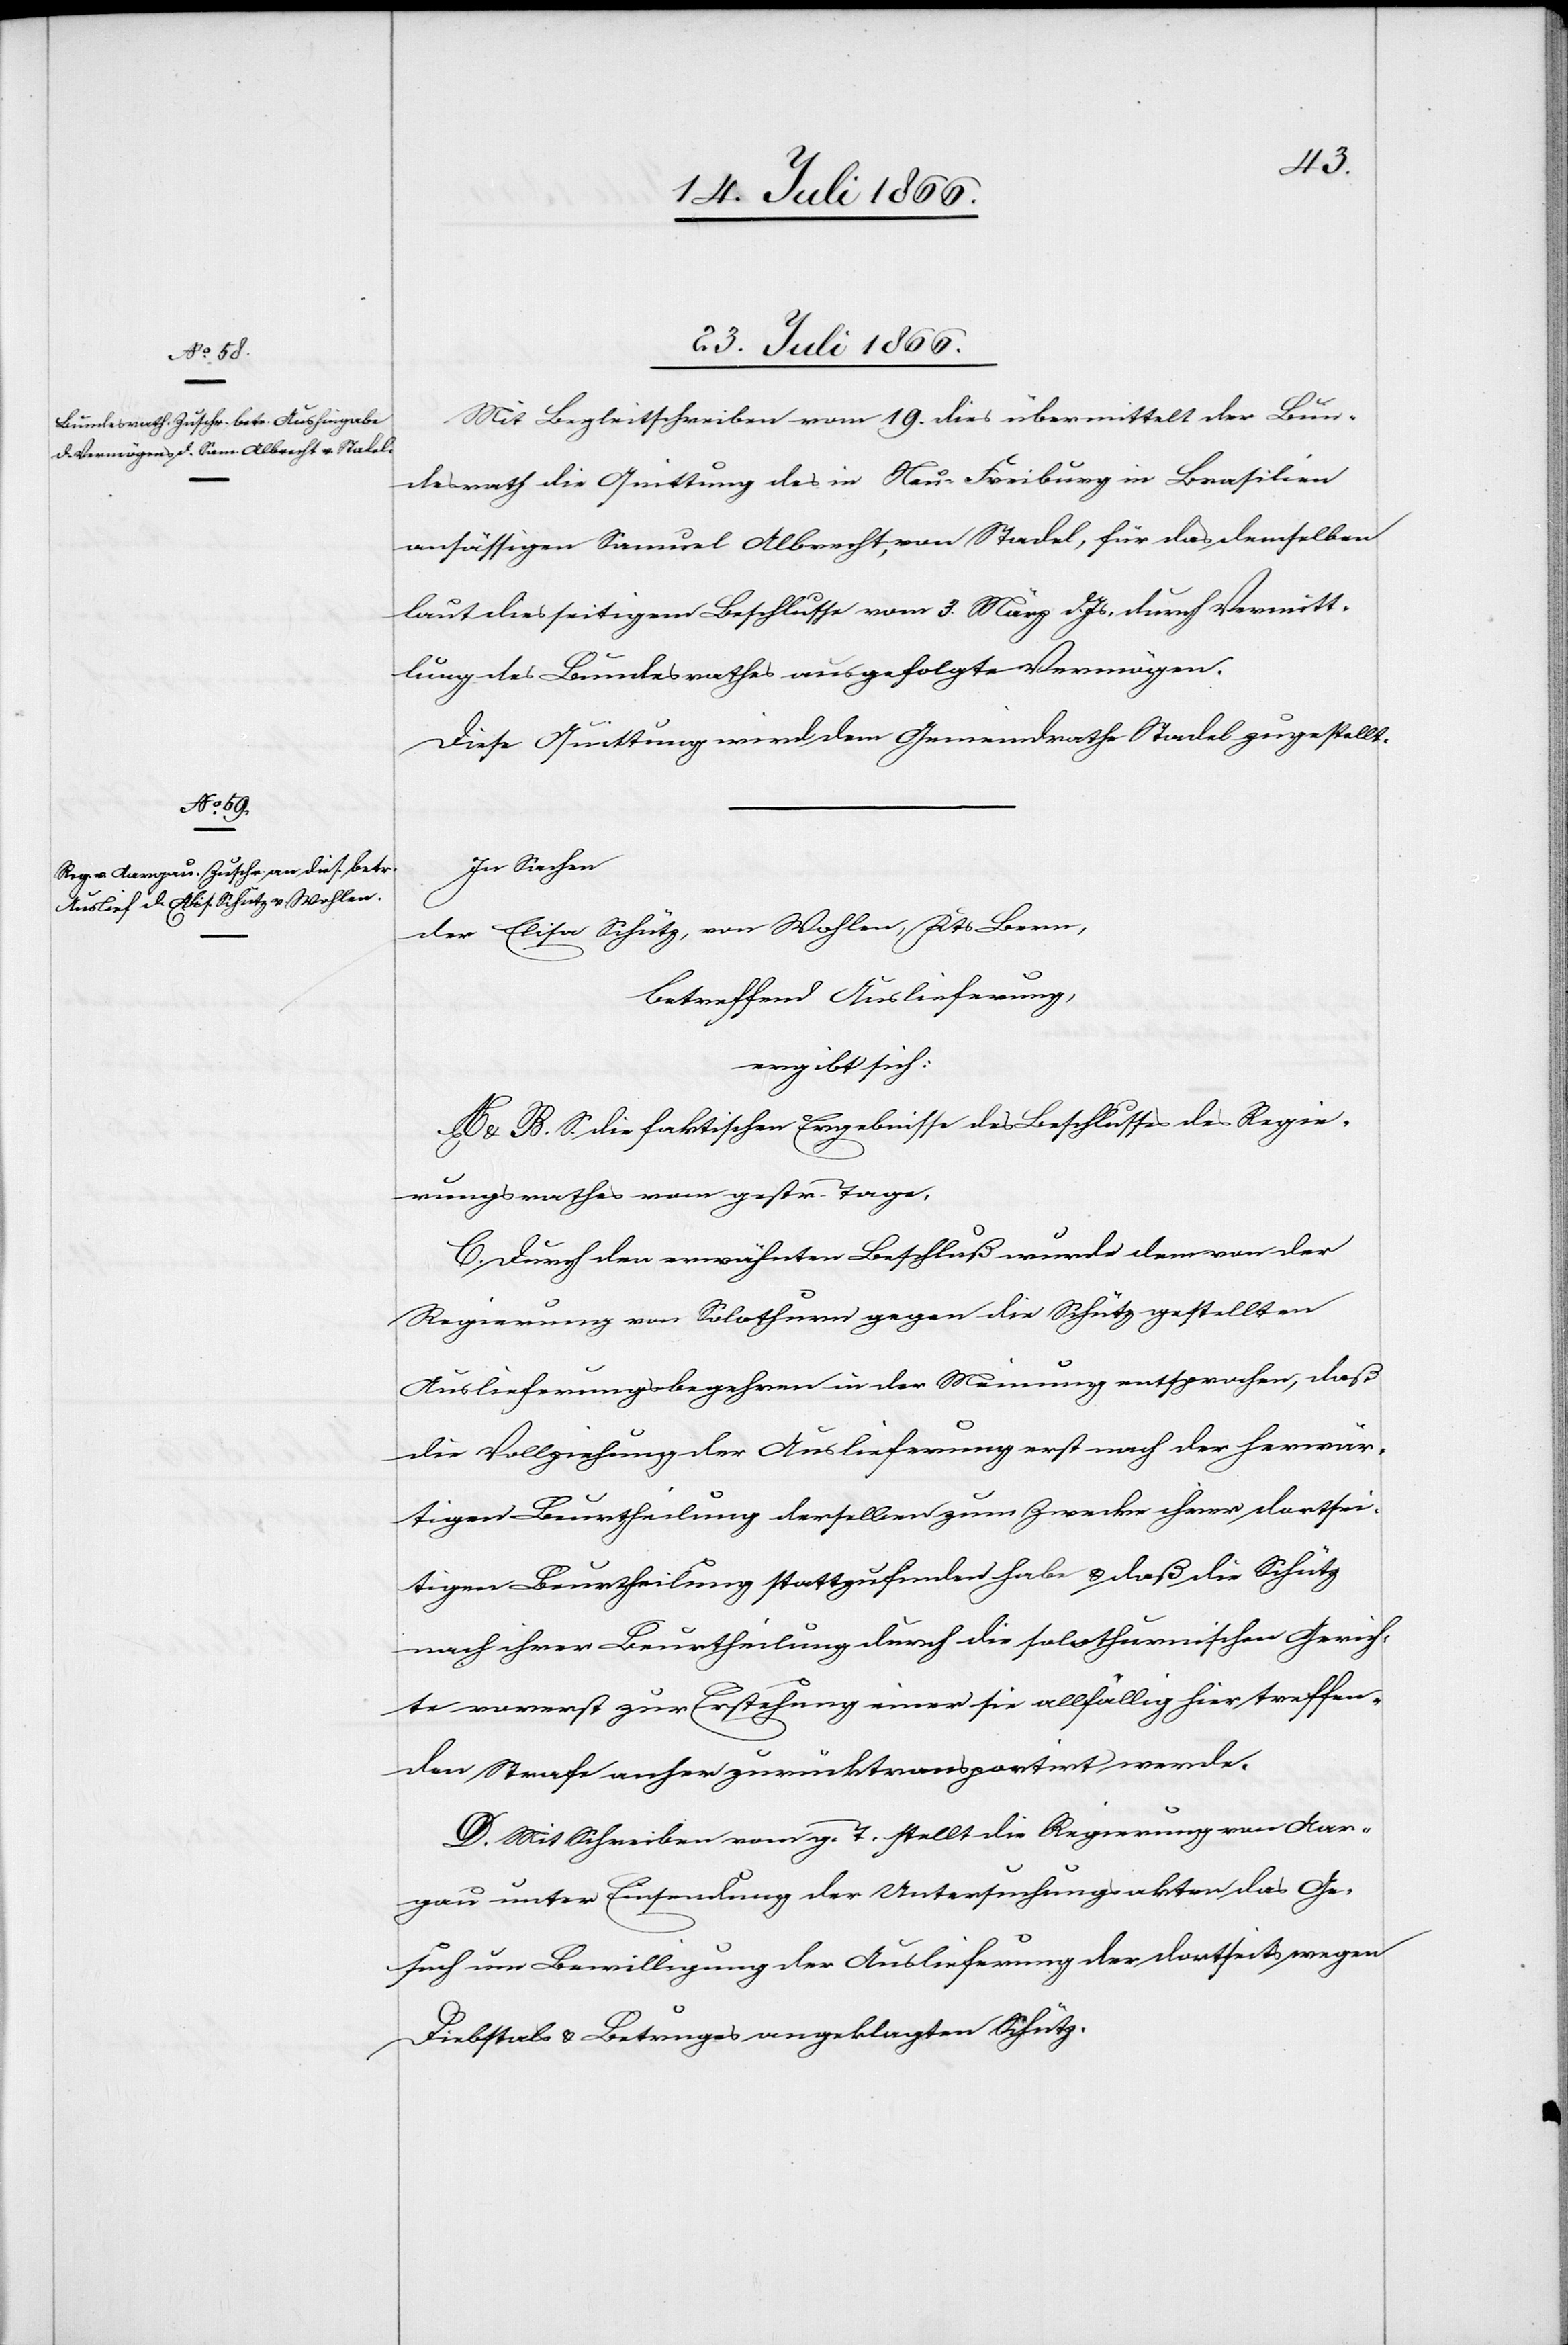
23. Juli 1866.]
Mit Begleitschreiben vom 19. dies übermittelt der Bun¬
desrath die Quittung des in Neu-Freiburg in Brasilien
ansässigen Samuel Albrecht, von Stadel, für das demselben
laut diesseitigen Beschlusse vom 3. März d. Js. durch Vermitt¬
lung des Bundesrathes ausgefolgte Vermögen.
Diese Quittung wird dem Gemeindrathe Stadel zugestellt.
In Sachen
der Elisa Schütz, von Wohlen, Kts. Bern,
betreffend Auslieferung,
ergibt sich:
A u. B. S. die faktischen Ergebnisse des Beschlusses des Regie¬
rungsrathes vom gestr. Tage.
C. Durch den erwähnten Beschluß wurde dem von der
Regierung von Solothurn gegen die Schütz gestellten
Auslieferungsbegehren in der Meinung entsprochen, daß
die Vollziehung der Auslieferung erst nach der herwär¬
tigen Beurtheilung derselben zum Zwecke ihrer dortsei¬
tigen Beurtheilung stattzufinden habe u. daß die Schütz
nach ihrer Beurtheilung durch die solothurnischen Gerich¬
te vorerst zur Erstehung einer sie allfällig hier treffen¬
den Strafe anher zurücktransportirt werde.
D. Mit Schreiben vom g. T. stellt die Regierung von Aar¬
gau unter Einsendung der Untersuchungsakten das Ge¬
such um Bewilligung der Auslieferung der dortseits wegen
Diebstals u. Betruges angeklagten Schütz.